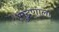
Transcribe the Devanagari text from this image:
मुद्रणाला